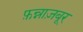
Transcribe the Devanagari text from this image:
फ़न्नाज़बूर